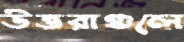
উত্তরাঞ্চলে